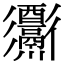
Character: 𨤅